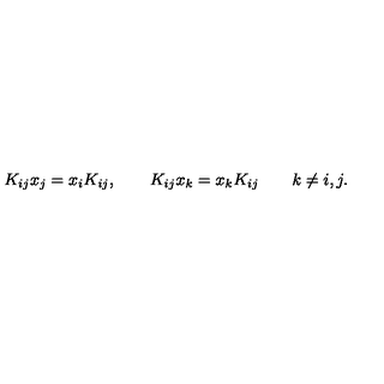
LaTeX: K _ { i j } x _ { j } = x _ { i } K _ { i j } , \qquad K _ { i j } x _ { k } = x _ { k } K _ { i j } \qquad k \ne i , j .